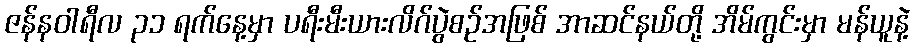
ဇန်နဝါရီလ ၃၁ ရက်နေ့မှာ ပရီးမီးယားလိဂ်ပွဲစဥ်အဖြစ် အာဆင်နယ်တို့ အိမ်ကွင်းမှာ မန်ယူနဲ့